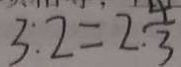
3 : 2 = 2 . \frac { 4 } { 3 }